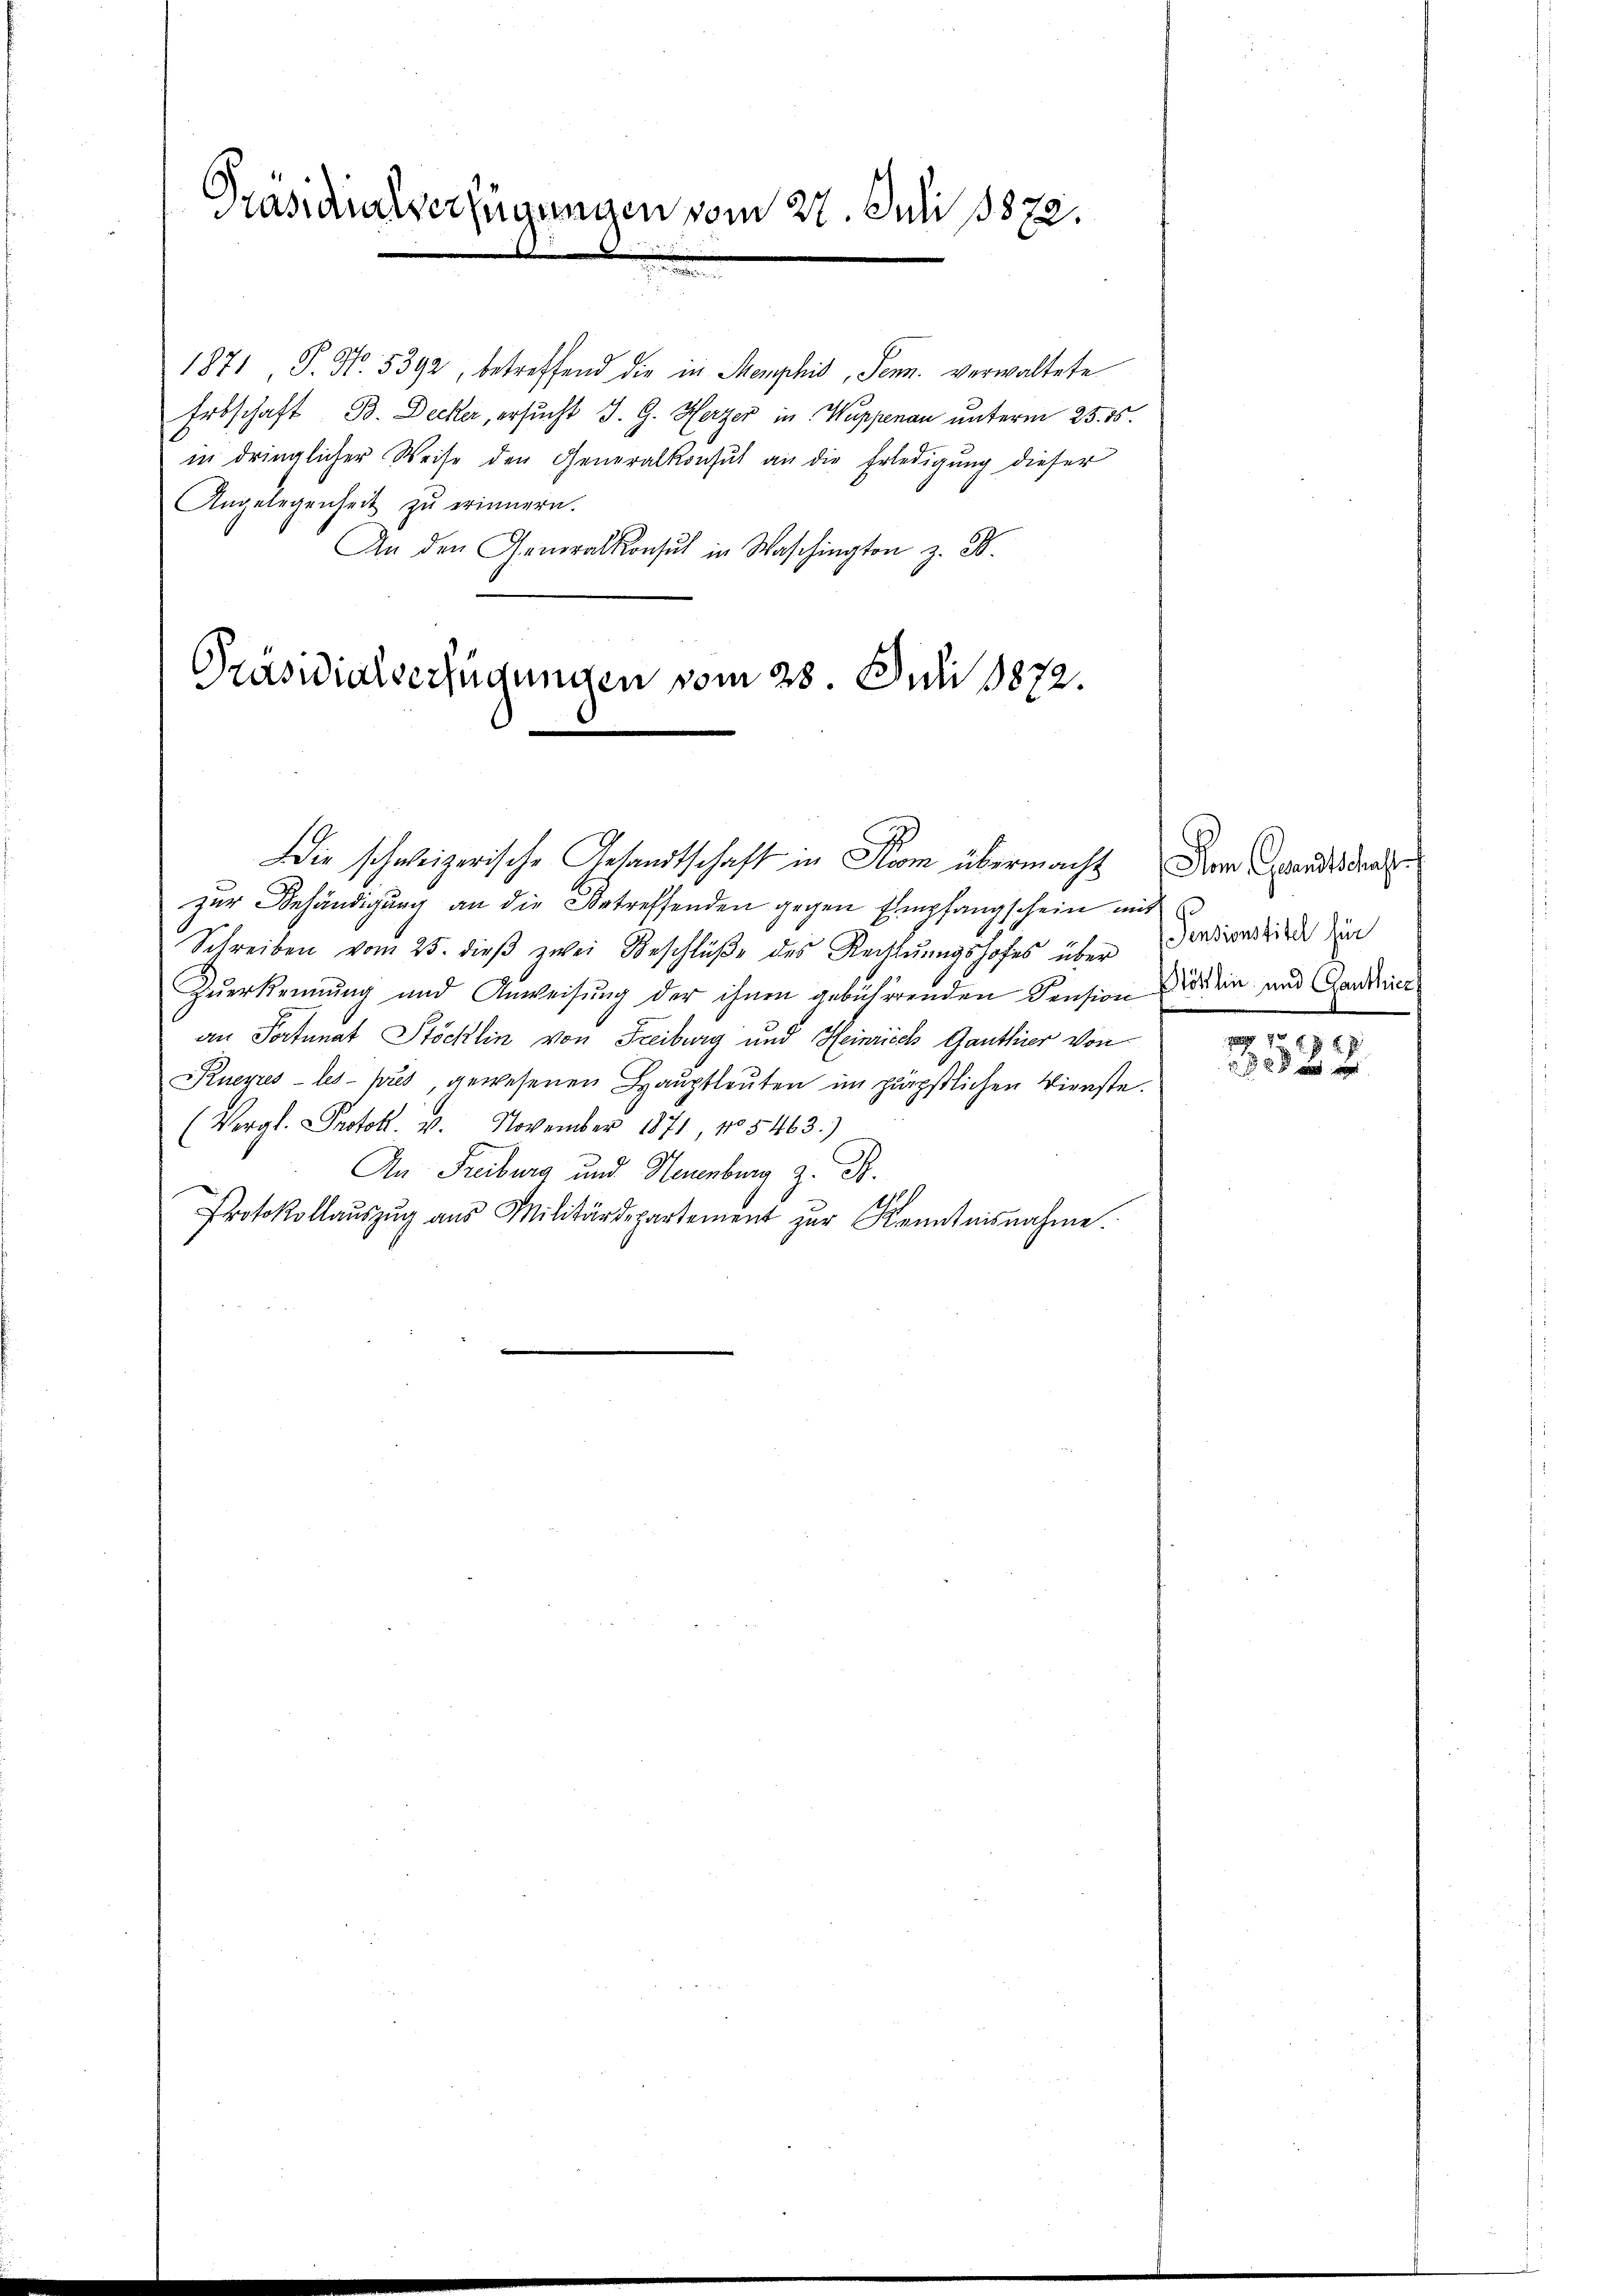
Präsidialverfügungen vom 27. Juli 1873.

1871 P. Nr. 5392, betreffend die in Menphis, Senn. verwaltete
Erbschaft B. Decker, ersucht J. G. Herzer in Wappenau unterm 23. ds.
in dringlicher Weise den Generalkonsul an die Erledigung dieser
Angelegenheit zu erinnern.
An den Generalkonsul in Waschington z. B.
Präsidialverfügungen vom 28. Juli 1872.

zur Behändigung an die Betreffenden gegen Empfangschein mit
Schreiben vom 25. dieβ zwei Beschlüβe des Rechtŭngshofes über Forderdriede durch
Zuerkennung und Anweisung der ihnen gebührenden Pension den und Gaudier
an Portunat Stöcklin von Freiburg und Heinrich Ganthier von
Kneyres les pres, gewesenen Haŭptleuten im päpstlichen Dienste.
(Vergl. Protok. 4. November 1871, 105463.)
An Freiburg und Neuenburg z. B.
Protokollaŭszŭg ans Militärdepartement zur Kenntnisnahme.

Die schweizerische Gesandtschaft in Form übermacht der Candidat

1 xx
 xx